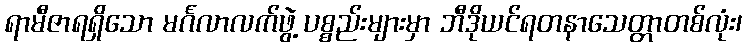
ရာမီဇာရရှိသော မင်္ဂလာလက်ဖွဲ့ ပစ္စည်းများမှာ ဘီဒိုယင်ရတနာသေတ္တာတစ်လုံး၊